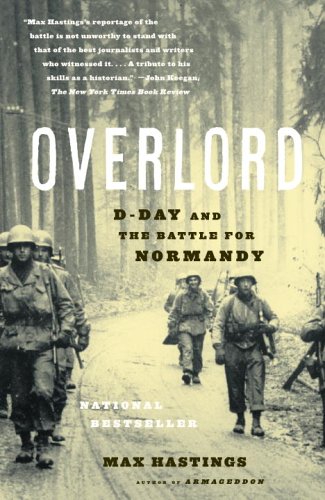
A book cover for Overlord: D-Day and the Battle for Normandy; Max Hastings; History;